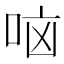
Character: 𫩷